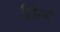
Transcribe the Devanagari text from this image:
छिन्‍न